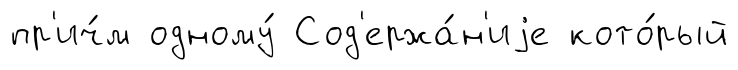
пр'ич́м одному́ Сод'ержа́н'иjе кото́рый